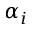
\alpha _ { i }